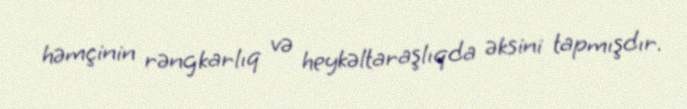
həmçinin rəngkarlıq və heykəltaraşlıqda əksini tapmışdır.